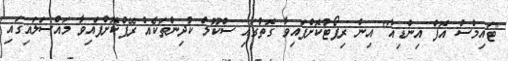
"ޓައިމްސް އޮފް އިންޑިއާ" އިން ރިޕޯޓުކޮށްފައިވާ ގޮތުގައި ސްކޫލް ކުދިންތަކެެއް ރޭޕްކޮށްފައިވާ މައްސަލައިގައި